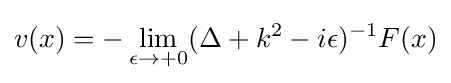
v(x)=-\lim _{\epsilon \to +0}(\Delta +k^{2}-i\epsilon )^{-1}F(x)